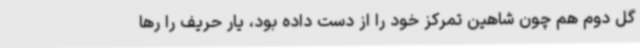
گل دوم هم چون شاهین تمرکز خود را از دست داده بود، یار حریف را رها